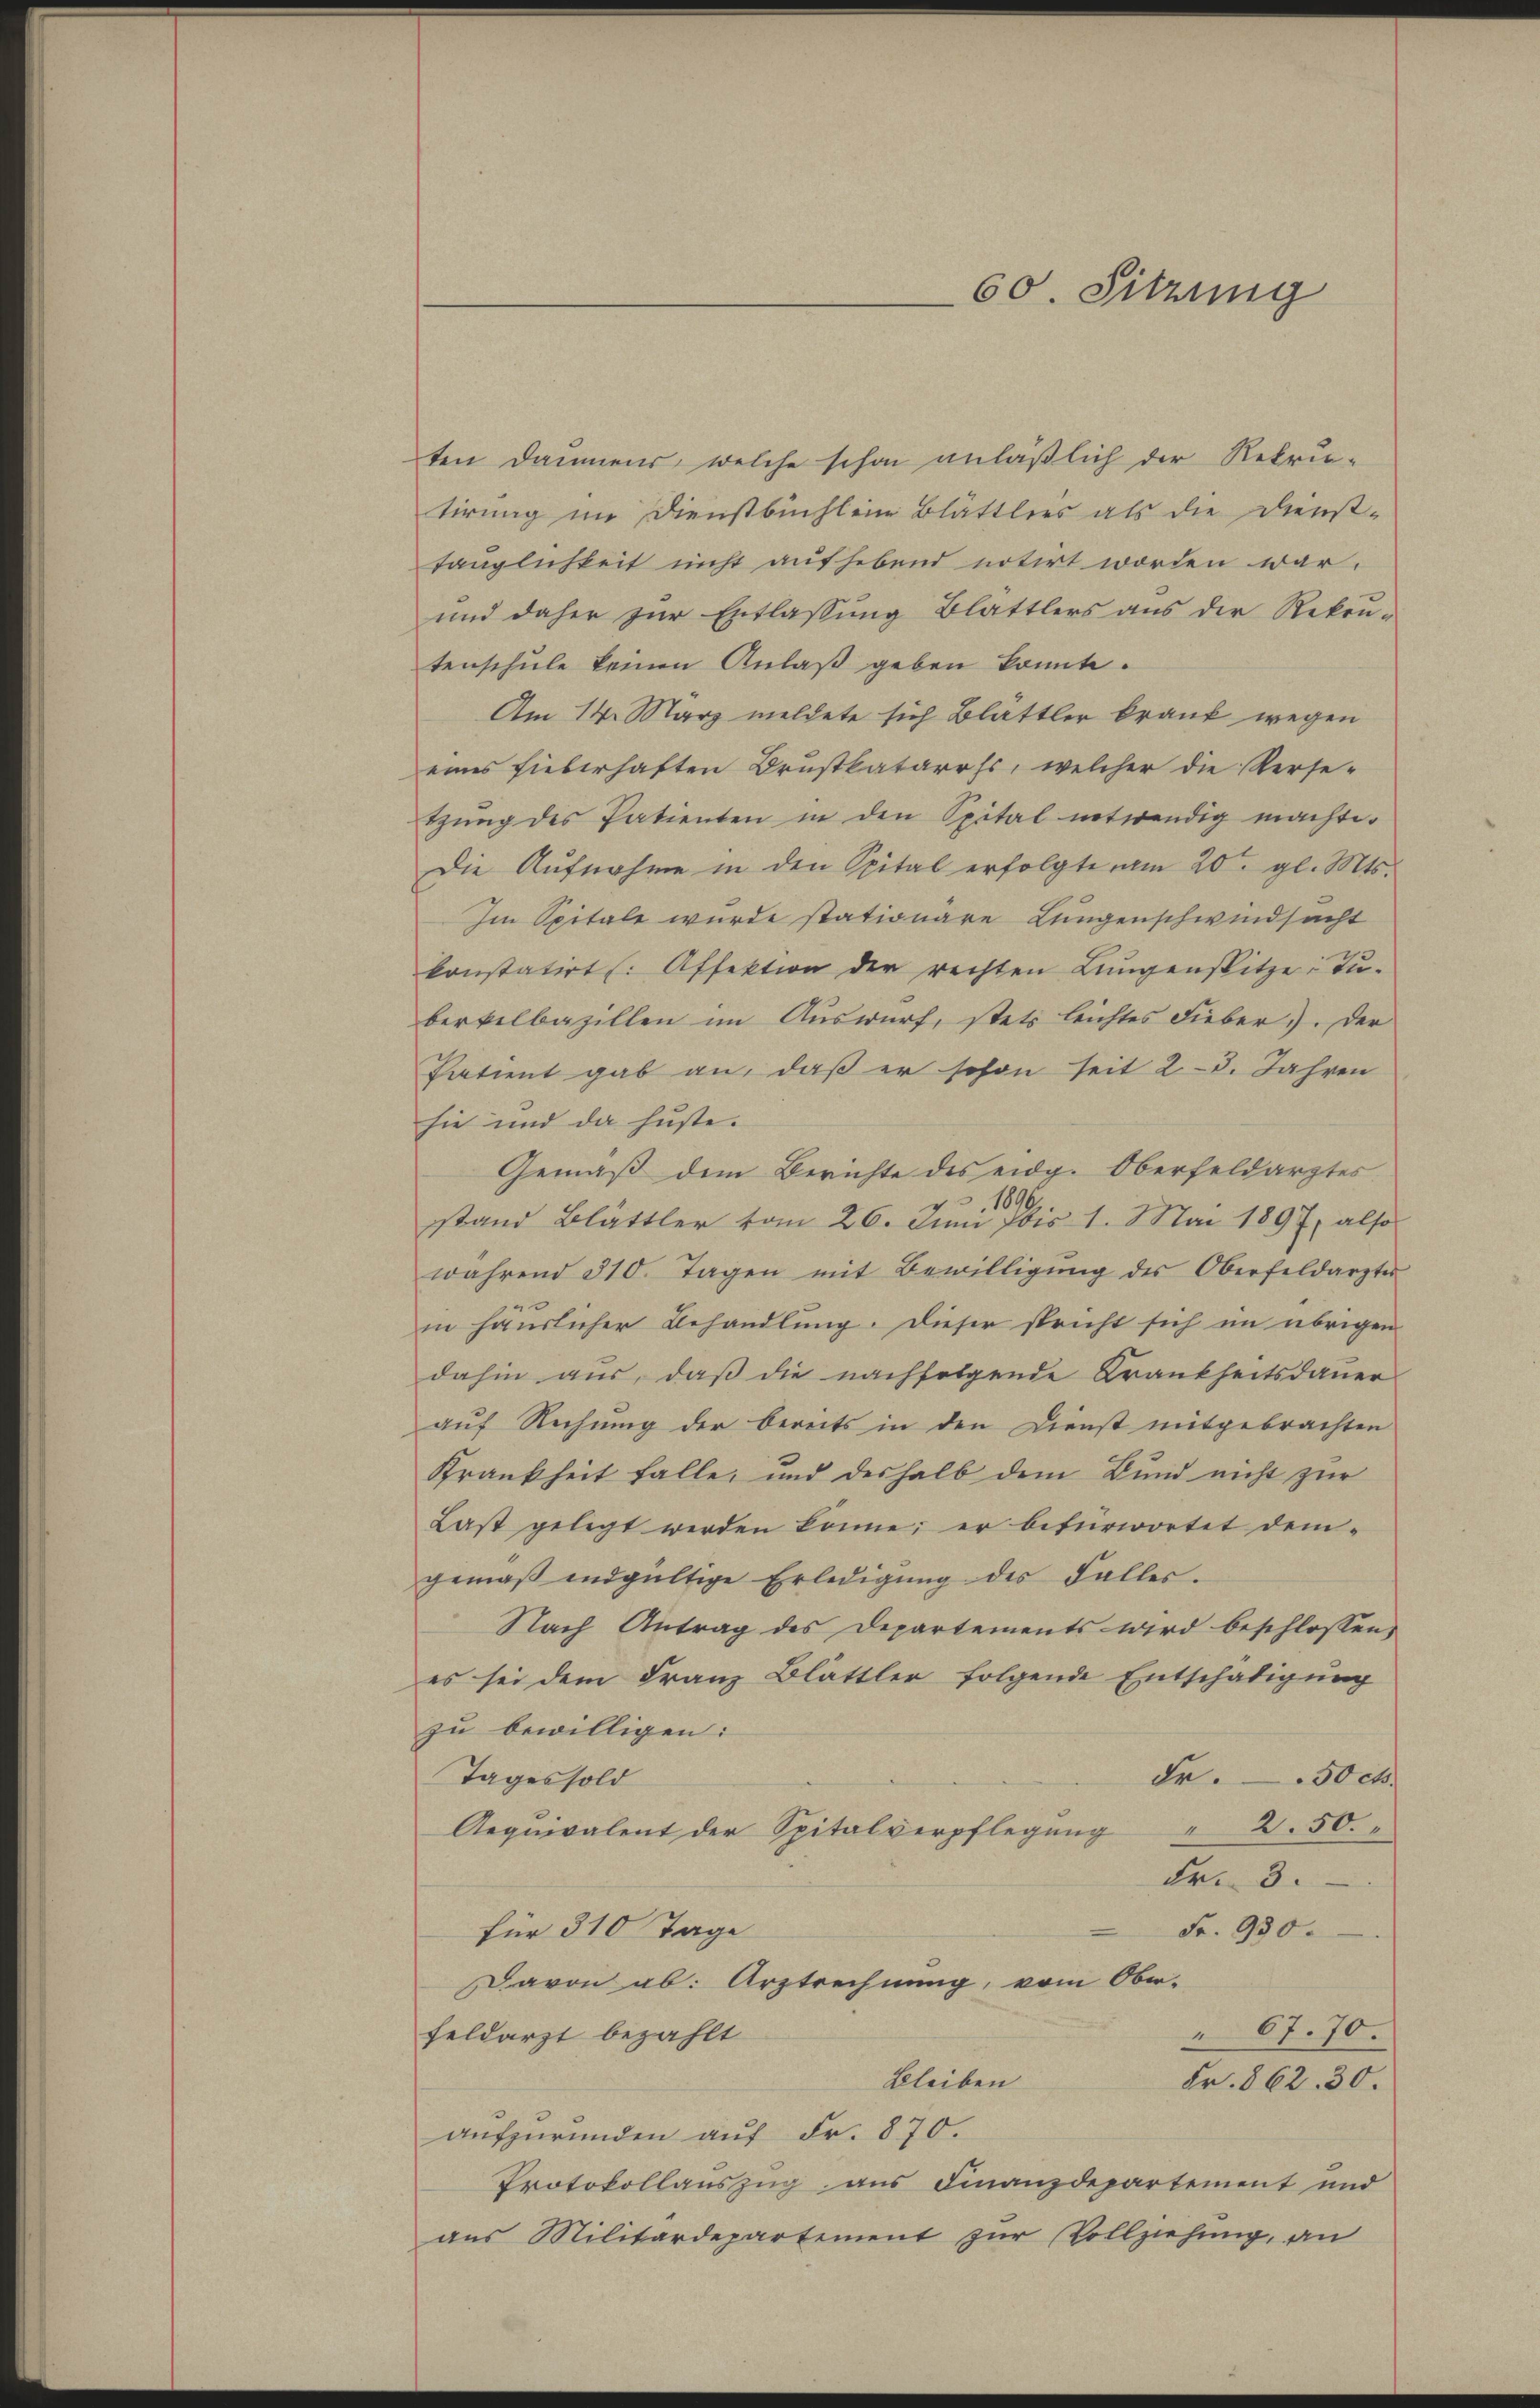
60. Sitzung

ten Dammens, welche schon anläßlich der Rekru-
tirung im Dienstbüchlein Blattlers als die Dienst-
tänglichkeit nicht aufhebend notirt worden war.
und daher zur Entlassung Blattlers aus der Rekrŭ-
tenschŭle keinen Anlaβ geben konnte.
Am 14. März meldete sich Blättler krank wegen
eines fieberhaften Brustkatarrhs, welcher die Verse-
tŭng des Patienten in den Spital entwendig machte.
Die Aufnahme in den Spital erfolgte am 20ten gl. Mts.
Im Spitale wurde stationare Lungenschwindsacht
konstatirt (: Affektion der rechten Lungenspitze: Tu-
berkelbazillen im Auswurf, stets leichtes Fieber. Der
Patient gab an, daß er schon seit 23. Jahren
sie und da huste.
Gemäß dem Berichte des eidg. Oberfeldarztes.
1896.
stand Blättler vom 26. Juni bis 1. Mai 1897, also
während 310. Tagen mit Bewilligŭng des Oberfeldarztes
in häuslicher Behandlung. Dieser spricht sich im übrigen
dahin aus, daß die nachfolgende Krankheitsdauer
auf Rechnung der bereits in den Dienst mitgebrachten
Krankheit falle, und deshalb dem Bund nicht zur
Last gelegt werden könne; er befürwortet dem-
gemäβ endgültige Erledigŭng des Falles.
Nach Antrag des Departements wird beschlossen,
es sei dem Franz Blättler folgende Entschädigung
zu bewilligen:
Fr. 50 cts.
Tages sold
Aequivalent der Spitalverpflegung " 2.50.
Fr. 3.
Fr. 930.
für 310 Tage
Davon ab: Arztrechnung, vom Ober-
 67. 70.
feldarzt bezahlt
Bleiben
Fr. 862. 30.
aufzurunden auf Fr. 870.
Protokollauszug aus Finanzdepartement und
aus Militärdepartement zŭr Vollziehung, an